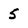
Character: 5